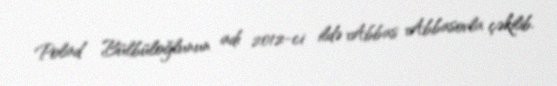
Polad Bülbüloğlunun adı 2012-ci ildə Abbas Abbasovla çəkilib.